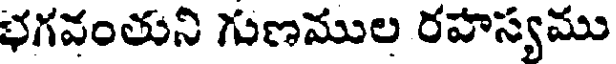
భగవంతుని గుణముల రహస్యము